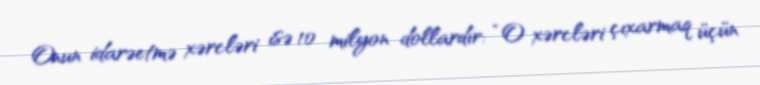
Onun idarəetmə xərcləri isə 10 milyon dollardır: “O xərcləri çıxarmaq üçün